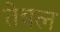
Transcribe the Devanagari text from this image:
तेबल